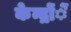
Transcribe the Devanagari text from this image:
केन्द्रोंें